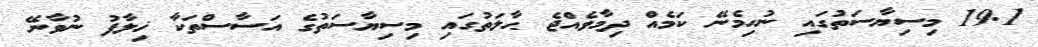
19.1 މިސިޔާސަތުގައި ނުހިމެނޭ ކަމެއް ދިމާވެއްޖެ ޙާލަތުގައި މިސިޔާސަތުގެ އަސާސްތަކާ ޚިލާފު ނުވާނޭ